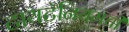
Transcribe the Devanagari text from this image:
टायटॅनियमची